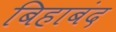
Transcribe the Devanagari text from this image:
बिहाबंद